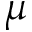
\mu